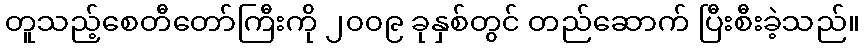
တူသည့်စေတီတော်ကြီးကို ၂၀၀၉ ခုနှစ်တွင် တည်ဆောက် ပြီးစီးခဲ့သည်။